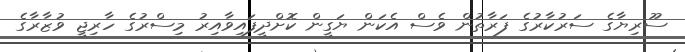
ސޫރިޔާގެ ސަރުކާރުގެ ފަރާތުން ވެސް އެކަން ޔަގީން ކޮށްދީފައިވާއިރު މިސްރުގެ ހާރިޖީ ވުޒާރާގެ